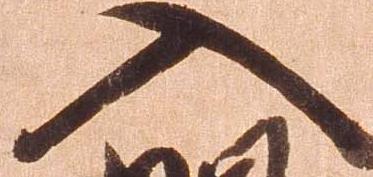
入